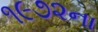
૧૯૭૨ના